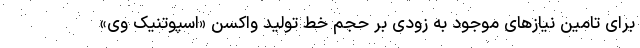
برای تامین نیازهای موجود به زودی بر حجم خط تولید واکسن «اسپوتنیک وی»